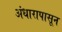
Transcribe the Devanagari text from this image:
अंधारापासून